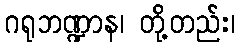
ဂရုဘဏ္ဍာန၊ တို့တည်း၊